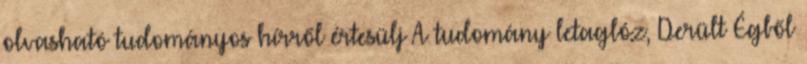
olvasható tudományos hírről értesülj A tudomány letaglóz, Derült Égből